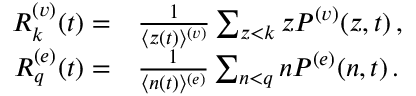
\begin{array} { r } { \begin{array} { r l } { R _ { k } ^ { ( v ) } ( t ) = } & { \frac { 1 } { \langle z ( t ) \rangle ^ { ( v ) } } \sum _ { z < k } z P ^ { ( v ) } ( z , t ) \, , } \\ { R _ { q } ^ { ( e ) } ( t ) = } & { \frac { 1 } { \langle n ( t ) \rangle ^ { ( e ) } } \sum _ { n < q } n P ^ { ( e ) } ( n , t ) \, . } \end{array} } \end{array}